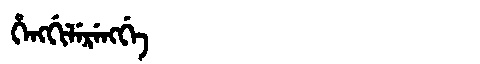
Manchu: ᡥᡝᠩᡤᡳᠯᡝᡵᡝᠩᡤᡝ
Romanization: HENGGILERENGGE